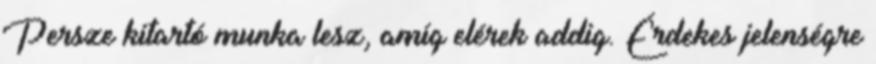
Persze kitartó munka lesz, amíg elérek addig. Érdekes jelenségre